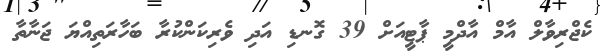
ކެޖްރިވާލް އާމް އާދްމީ ޕާޓީއަށް 39 ގޮނޑި އަދި ވެރިކަންކުރާ ބަހާރަތިއްޔަ ޖަނާތާ